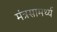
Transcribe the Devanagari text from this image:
मंत्रसामर्थ्य